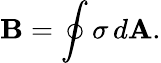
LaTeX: \mathbf{B}=\oint\sigma\, d\mathbf{A}.